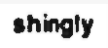
shingly